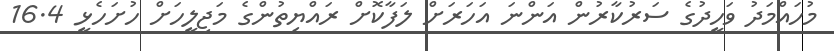
މުހައްމަދު ވަހީދުގެ ސަރުކާރުން އަންނަ އަހަރަށް ލަފާކޮށް ރައްޔިތުންގެ މަޖިލީހަށް ހުށަހެޅީ 16.4